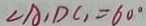
\angle A , D C , = 6 0 ^ { \circ }